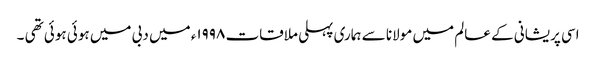
اسی پریشانی کے عالم میں مولانا سے ہماری پہلی ملاقات ۱۹۹۸ء میں دبی میں ہوئی ہوئی تھی ۔